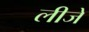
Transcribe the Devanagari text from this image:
लीजे